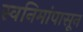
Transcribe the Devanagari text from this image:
स्वनिमांपासून